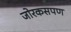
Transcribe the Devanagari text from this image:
जोरकसपण